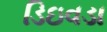
ડિઇવડા